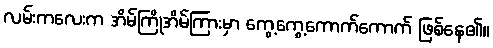
လမ်းကလေးက အိမ်ကြိုအိမ်ကြားမှာ ကွေ့ကွေ့ကောက်ကောက် ဖြစ်နေ၏။